Problem: 46 + 30 = ?
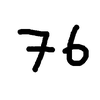
Handwritten answer: 76